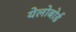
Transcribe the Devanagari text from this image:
येलोबोर्ड